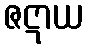
ဇဋာယ